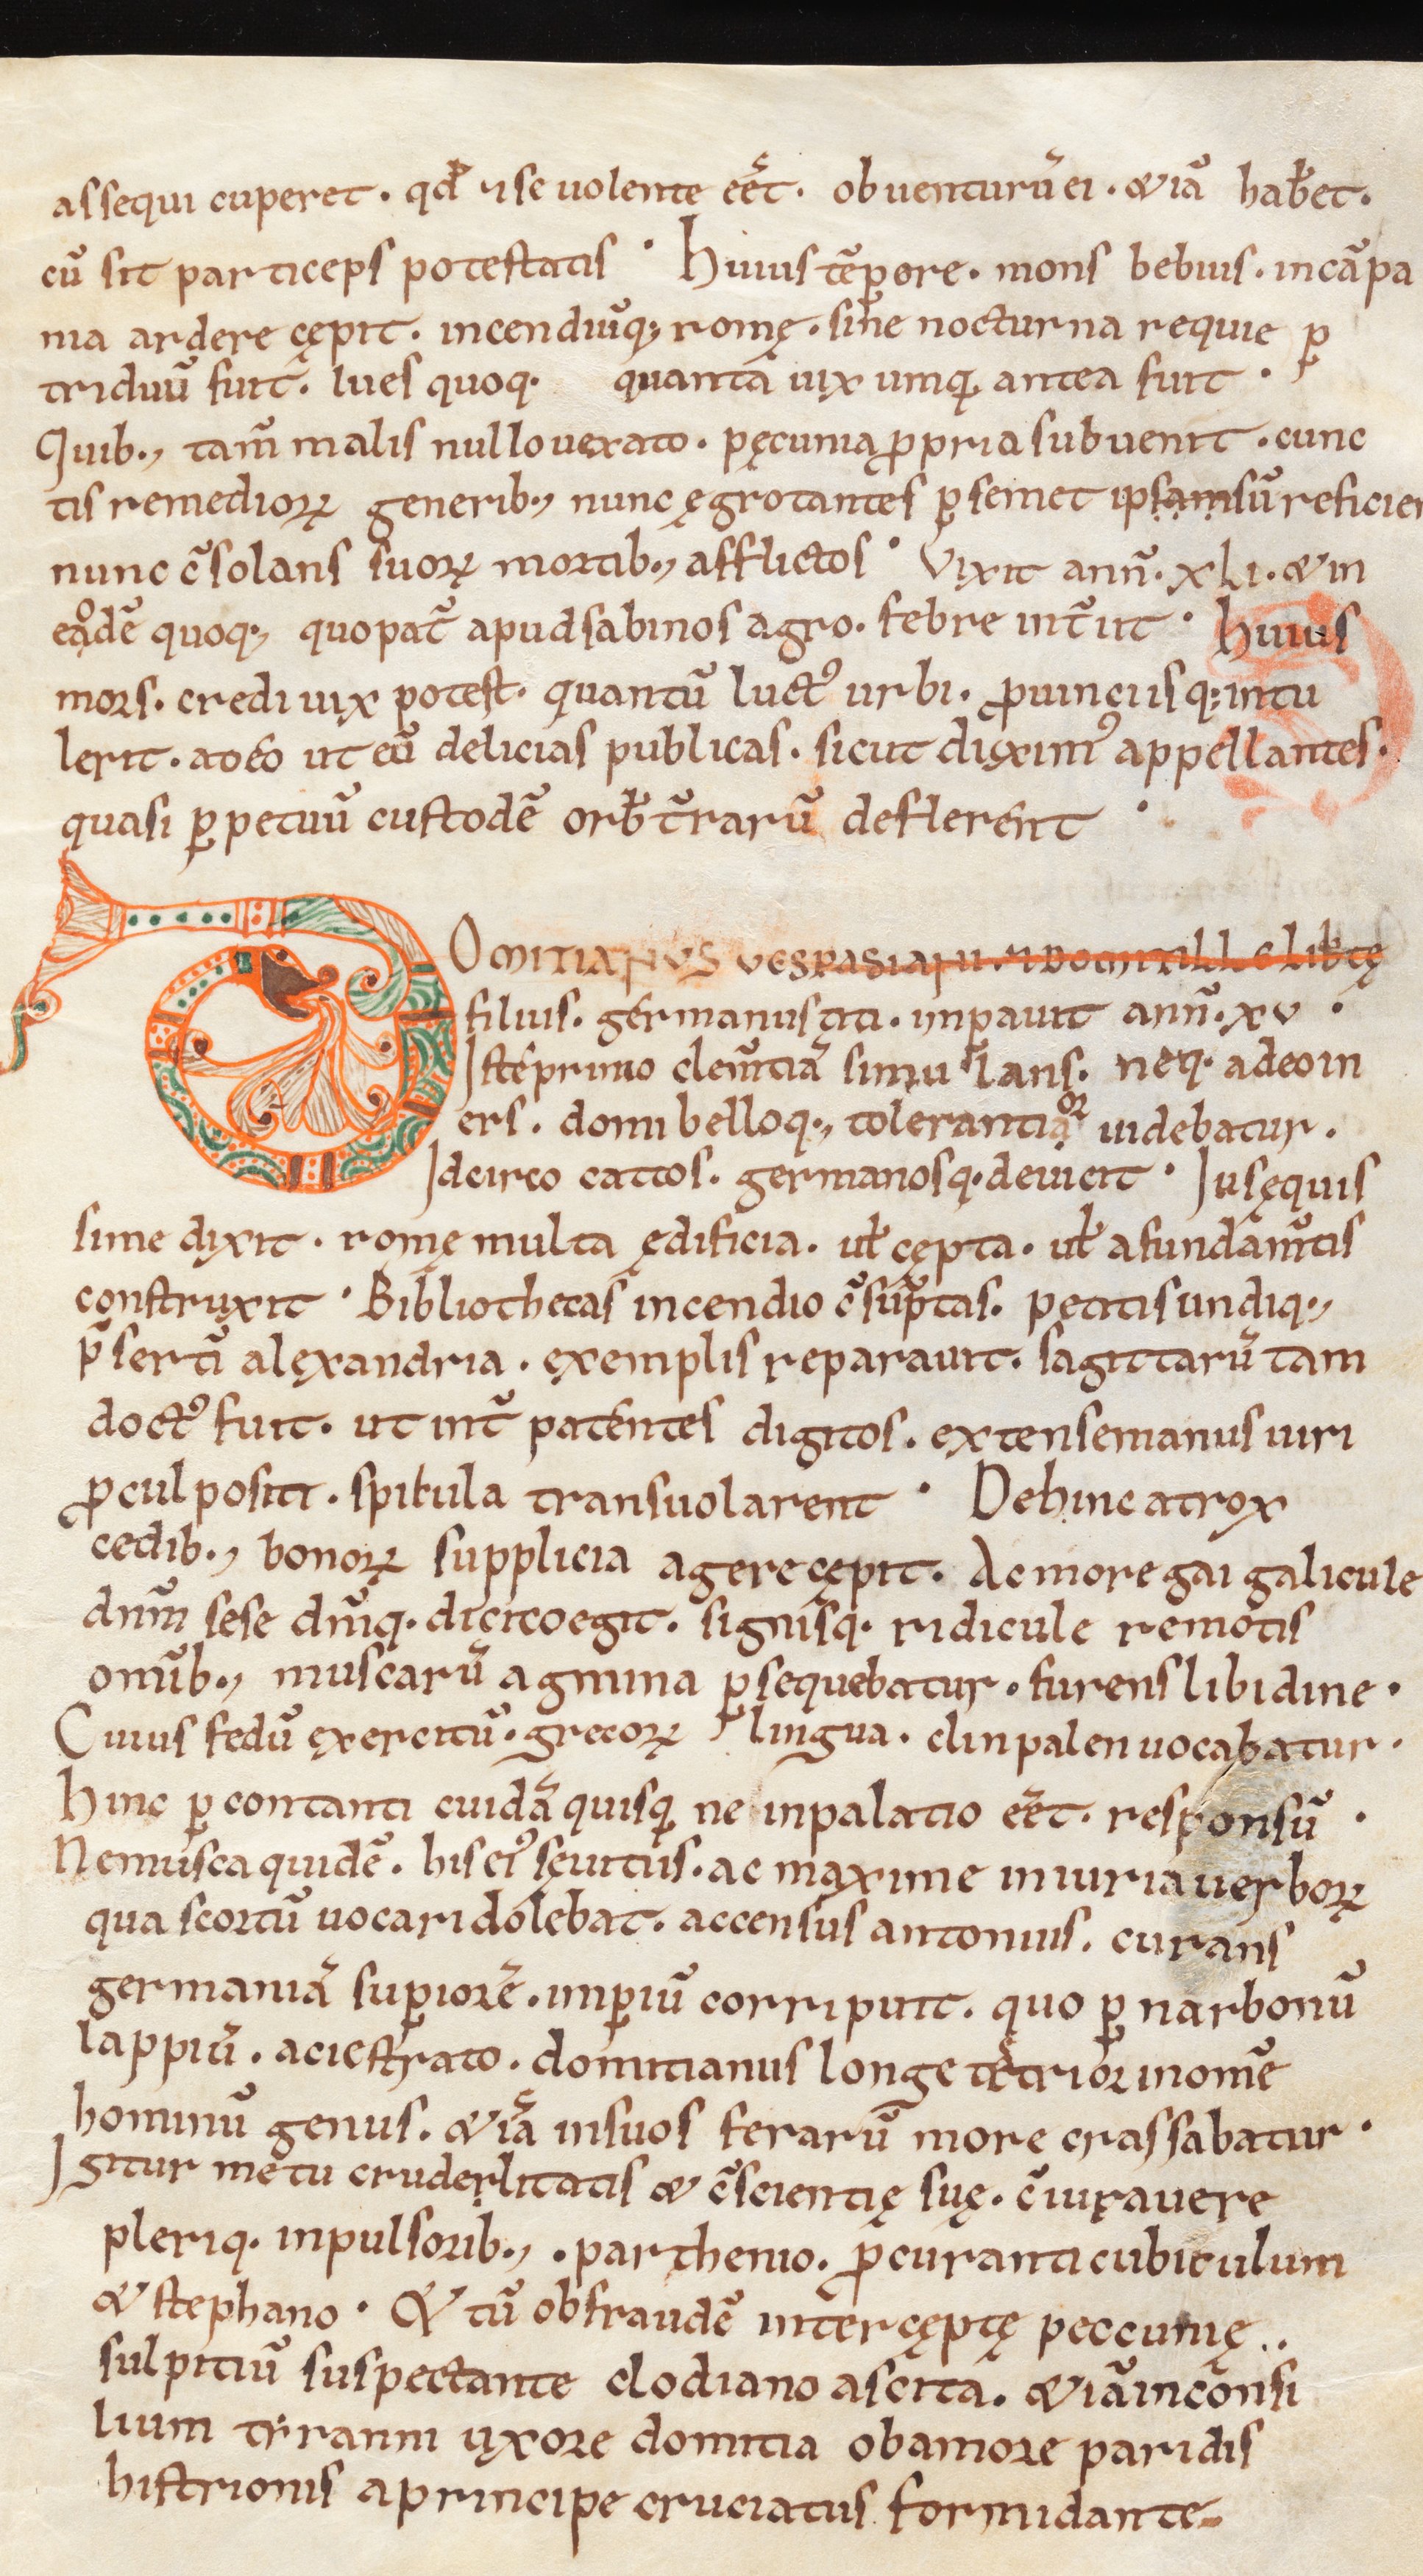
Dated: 1039–1056